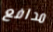
مدافع